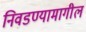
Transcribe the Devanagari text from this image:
निवडण्यामागील